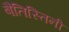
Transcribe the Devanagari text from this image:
बैतिस्तिनी